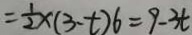
= \frac { 1 } { 2 } \times ( 3 - t ) 6 = 9 - 3 t